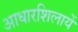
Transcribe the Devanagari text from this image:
आधारशिलायें